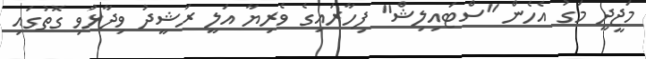
މަޖީދީ މަގު އެހެން "ސްޓައިލިޝް" ފިހާރައިގެ ވެރިޔާ އަލީ ރަޝީދު ވިދާޅުވި ގޮތުގައި